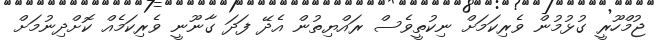
ޖުމްހޫރީ ގުޅުމުން ވެރިކަމަށް ނިކުތީވެސް ރައްޔިތުން އެދޭ ފަދަ ގާނޫނީ ވެރިކަމެއް ކޮށްދިނުމަށް